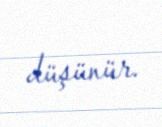
düşünür.